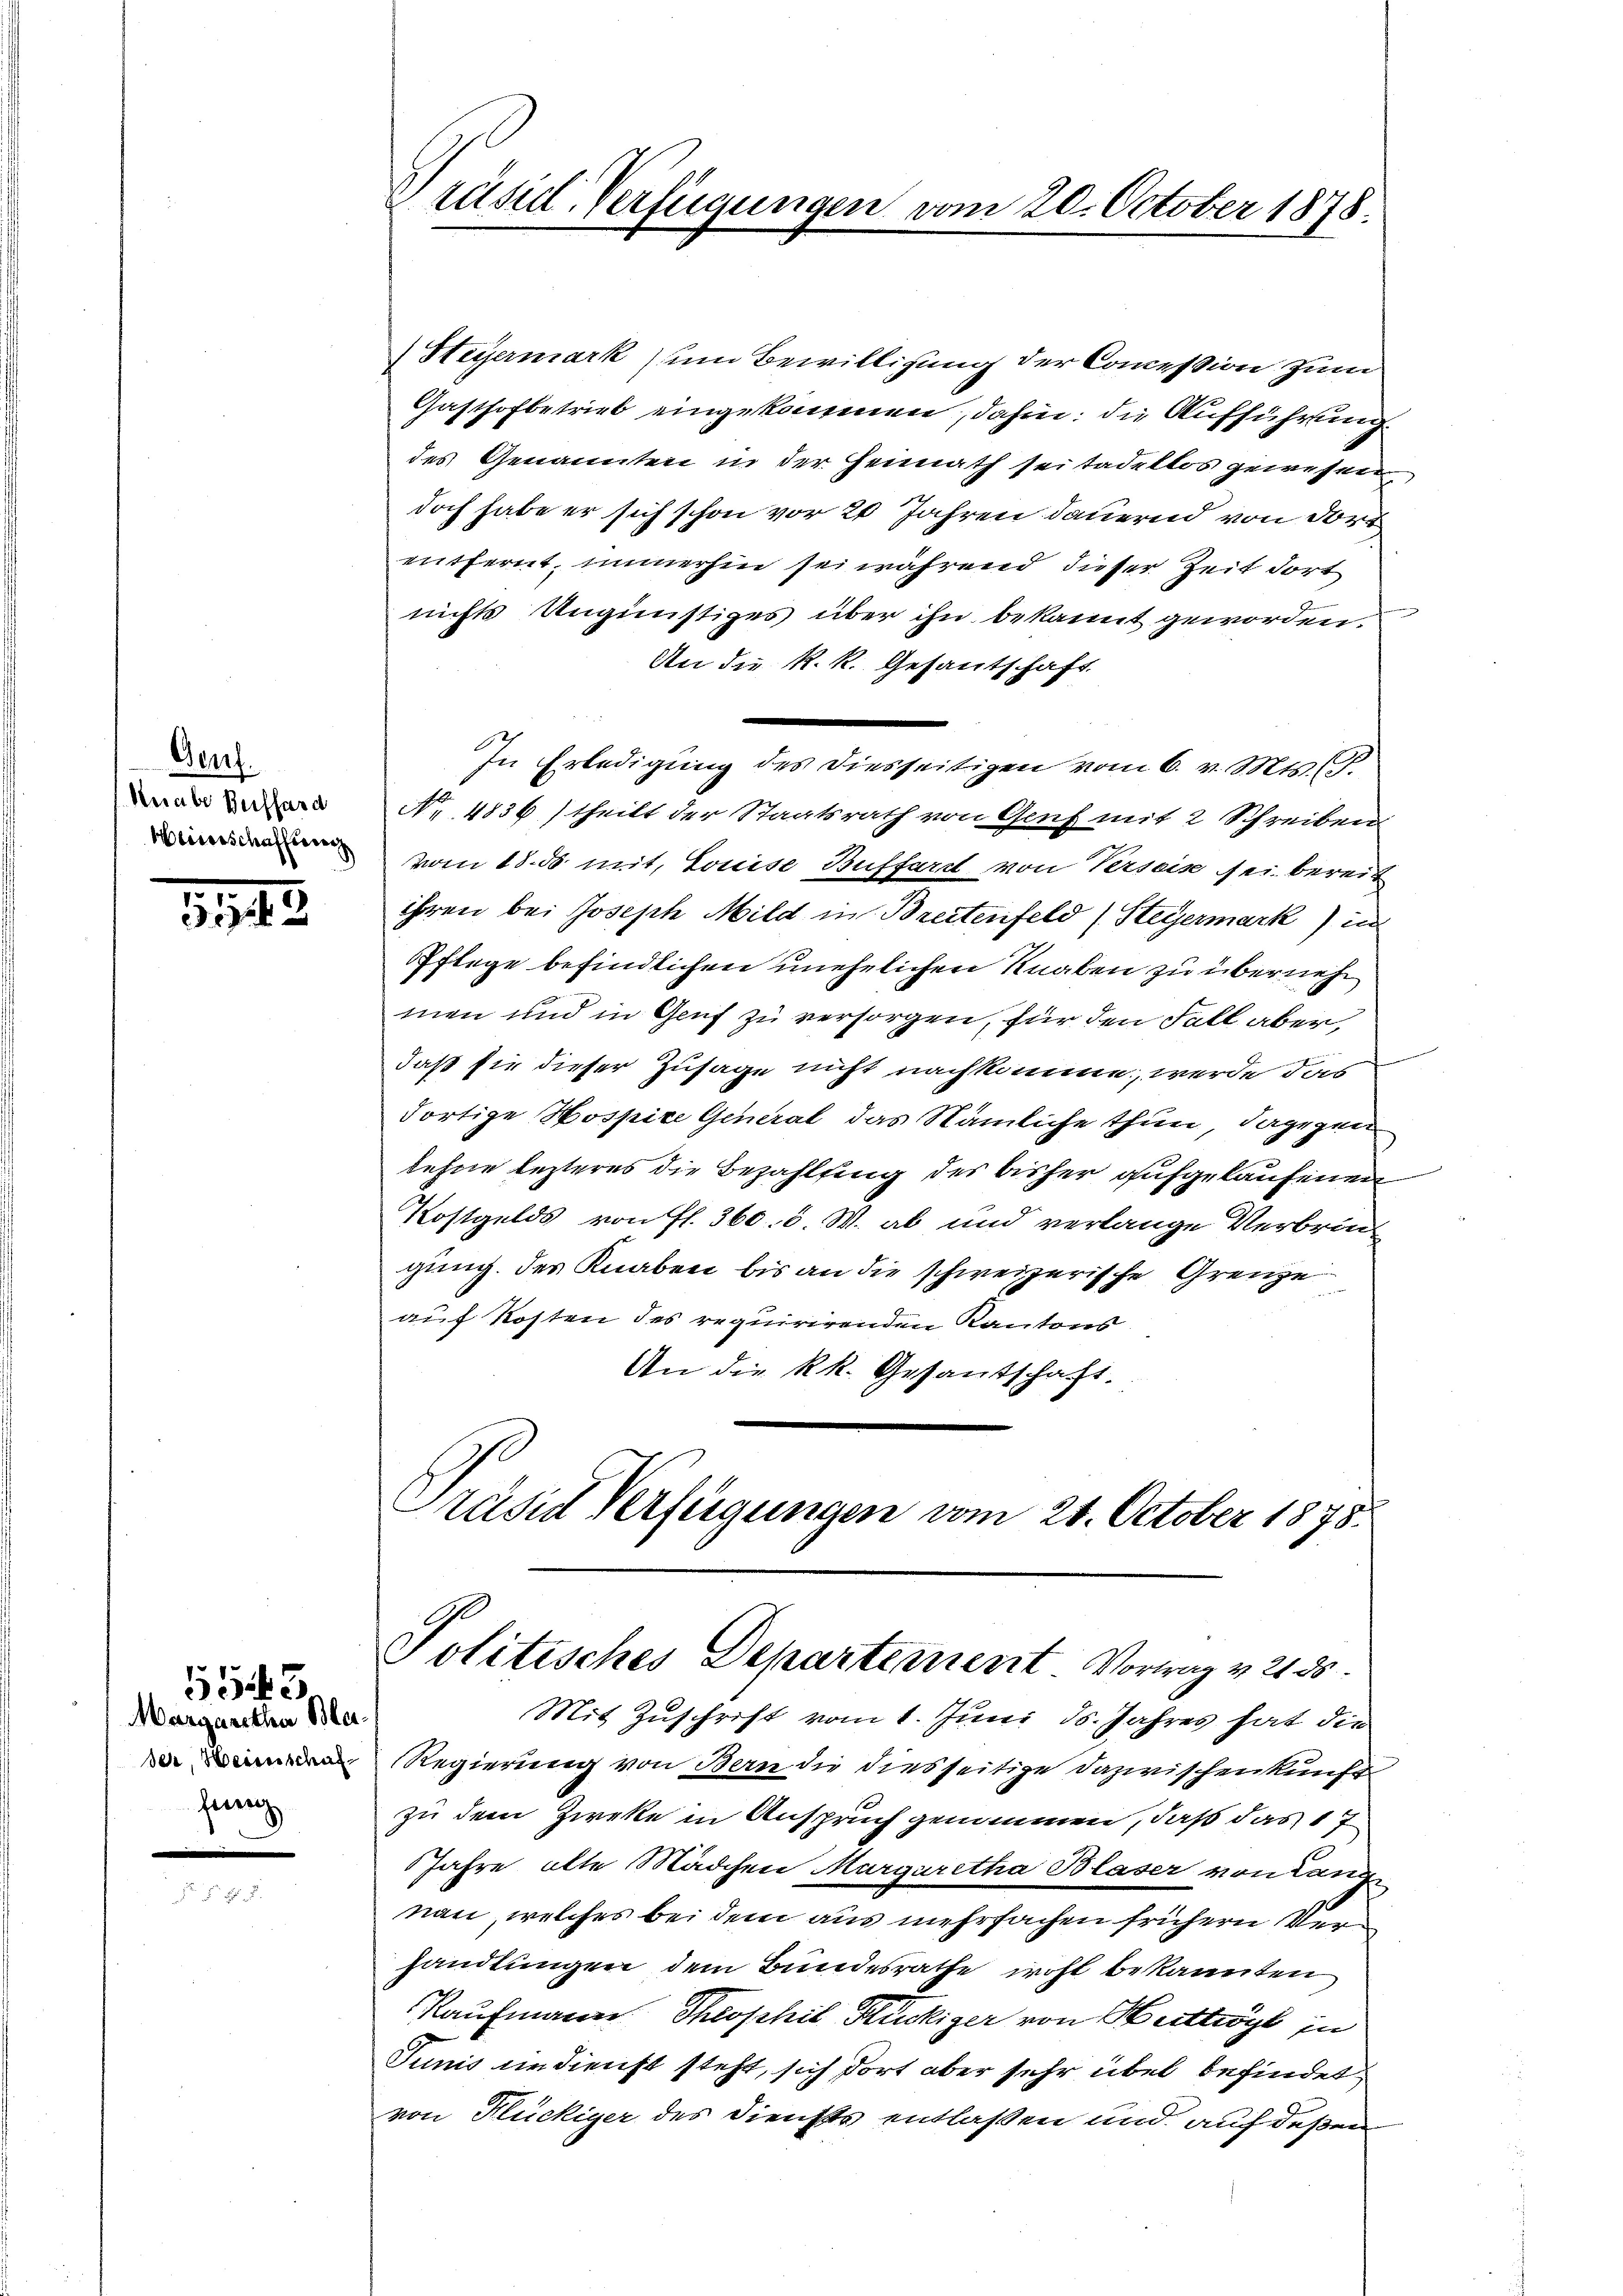
Geuf.
Knabe Beifhard
Weiserschaffung

2143

Margaretha Blader, Heinschaf
fung

5545

Präsid. Verfügungen vom 20. October 1878.

Heyermark um Bewilligung der Concession zum
Gasthofbetrieb eingekommen, dahin: die Aufführung.
des Genannten in der Heimath sei tadellos gewesen
doch habe er sich schon vor 20 Jahren dauernd von dort
entfernt, immerhin sei während dieser Zeit dort
g
nichts Ungünstiges über ihn bekannt geworden.
An die k. k. Gesantschaft
In Erledigung des diesseitigen vom 6. v. Mts. (T.
No. 4836 theilt der Staatsrath von Genf mit 2 Schreiben
vom 18. ds mit. Louise Buffart von Verseis sei bereit
ihren bei Joseph Mild in Breitenfeld (Steyermark in
Pflege befindlichen unehelichen Knaben zu übernehm
men und in Genf zu versorgen, für den Fall aber,
daß sie dieser Zusage nicht nachkomme, werde das
dortige Hospice General das Nämliche thun, dagegen
lehne lezteres die Bezahlung des bisher aufgelaufenen
Kostgelds von fl. 360. 8. W. ab und verlange Verbrec
gung des Knaben bis an die schweizerische Grenze
auf Kosten des requirirenden Kantons
An die kk. Gesantschaft.
Präsid Verfügungen vom 21. October 1875.

Politisches Departement Vortrag v. 2135.
Mit Zuschrift vom 1. Juni d. Jahres hat die

Regierung von Bern die diesseitige Dazwischenkunft
zu dem Zieke in Anspruch genommen, daß das 17
Jahre alte Mädchen Margaretha Blaser von Lang
nau, welches bei dem aus mehrfachen frühern Verhandlungen dem Bundesrathe wohl bekannten
Kaufmann Theophil Glückiger von Herttröge in
Junis in dienst steht, sich dort aber sehr übel befindet
von Flückiger des Diensts entlaßen und auf deßen